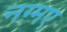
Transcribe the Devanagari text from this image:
नग़्मए